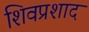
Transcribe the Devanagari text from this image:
शिवप्रशाद